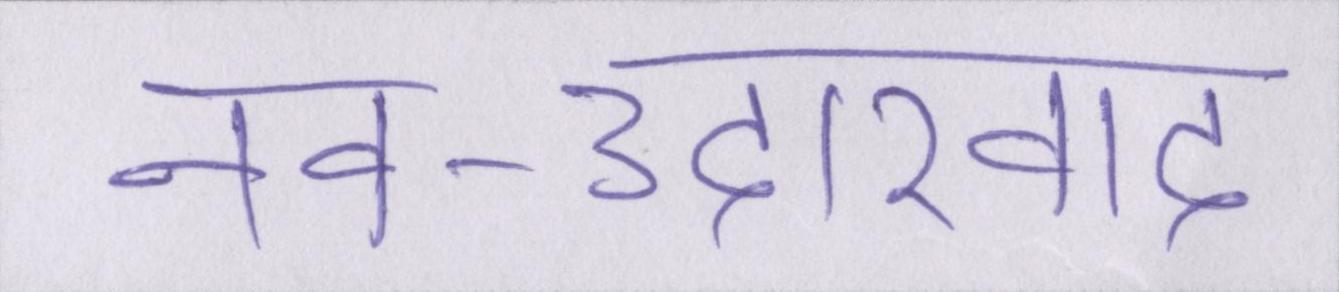
नव-उदारवाद